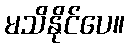
မသိနိုင်ပေ။